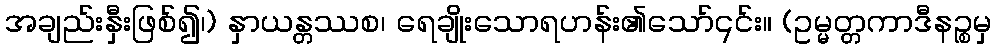
အချည်းနှီးဖြစ်၍၊) နှာယန္တဿစ၊ ရေချိုးသောရဟန်း၏သော်၎င်း။ (ဥမ္မတ္တကာဒီနဉ္စမှ